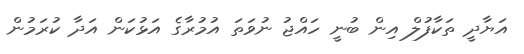
އަޔާދީ ތަކާފުލް އިން ބުނީ ހައްޖު ނުވަތަ އުމުރާގެ އަޅުކަން އަދާ ކުރަމުން